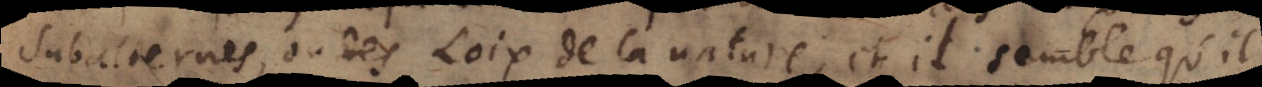
subalternes, ou des Loix de la nature, et il semble qu’il